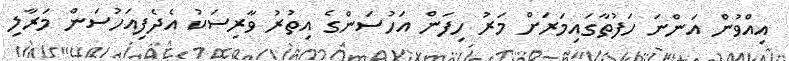
އިއްވުން އަންނަ ހަފުތާގައިމަރަށް މަރު ހިފަން އަހުސަންގެ އިތުރު ވާރިސަކު އެދެފިއަހުސަން މަރާލި